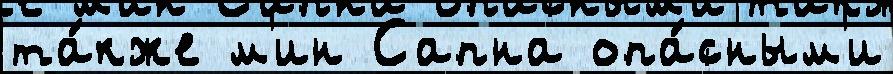
та́кже м'ин Сапна опа́сным'и